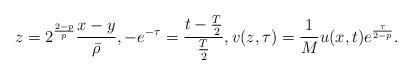
LaTeX: \begin{align*}z=2^{\frac{2-p}p}\frac{x-y}{\bar\rho},-e^{-\tau}=\frac{t-\frac T2}{\frac T2},v(z,\tau)=\frac1M u(x,t)e^{\frac{\tau}{2-p}}.\end{align*}